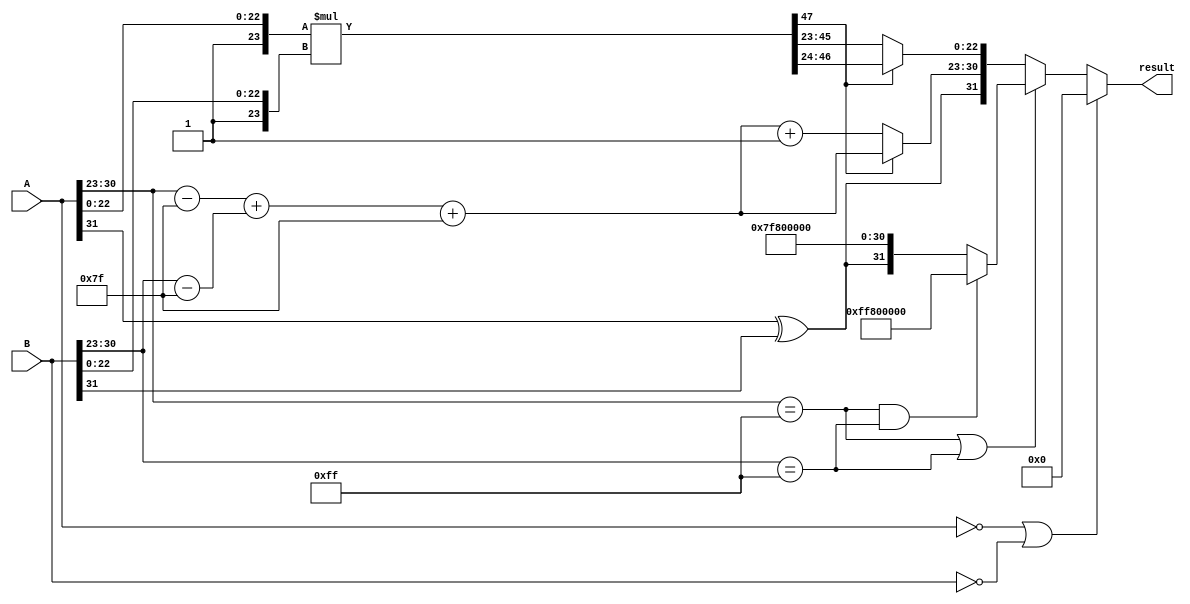
module radix2_fp_multiplier (
    input [31:0] A, // First floating-point number
    input [31:0] B, // Second floating-point number
    output reg [31:0] result // Resulting floating-point number
);

    // Constants
    localparam BIAS = 8'd127;
    localparam EXPONENT_WIDTH = 8;
    localparam MANTISSA_WIDTH = 23;
    localparam MANTISSA_SIZE = MANTISSA_WIDTH + 1; // Including implicit leading bit

    // Internal signals
    wire sign_A, sign_B;
    wire [EXPONENT_WIDTH-1:0] exp_A, exp_B;
    wire [MANTISSA_SIZE-1:0] mant_A, mant_B;
    wire sign_result;
    wire [EXPONENT_WIDTH-1:0] exp_result;
    wire [MANTISSA_SIZE*2-1:0] mant_result; // Product of mantissas
    reg [MANTISSA_SIZE*2-1:0] mant_result_normalized;
    reg [EXPONENT_WIDTH-1:0] exp_result_adjusted;
    reg [MANTISSA_WIDTH-1:0] mant_result_final;

    // Extract sign, exponent, and mantissa
    assign sign_A = A[31];
    assign exp_A = A[30:23] - BIAS; // Unbiased exponent
    assign mant_A = {1'b1, A[22:0]}; // Implicit leading 1

    assign sign_B = B[31];
    assign exp_B = B[30:23] - BIAS; // Unbiased exponent
    assign mant_B = {1'b1, B[22:0]}; // Implicit leading 1

    // Calculate sign of the result
    assign sign_result = sign_A ^ sign_B;

    // Calculate mantissa product
    assign mant_result = mant_A * mant_B;

    // Calculate exponent of the result
    assign exp_result = exp_A + exp_B + BIAS; // Add bias back

    // Normalization
    always @(*) begin
        if (mant_result[MANTISSA_SIZE*2-1] == 1) begin
            // Normal case: mantissa is in range [1.0, 2.0)
            mant_result_normalized = mant_result[MANTISSA_SIZE*2-1:MANTISSA_SIZE]; // Keep the top 24 bits
            exp_result_adjusted = exp_result; // No adjustment needed
        end else begin
            // Need to normalize: right shift
            mant_result_normalized = mant_result[MANTISSA_SIZE*2-2:MANTISSA_SIZE-1]; // Shift right
            exp_result_adjusted = exp_result + 1; // Increment exponent
        end
    end

    // Handle special cases
    always @(*) begin
        if (A == 32'b0 || B == 32'b0) begin
            // If either input is zero
            result = 32'b0;
        end else if (A[30:23] == 8'hFF || B[30:23] == 8'hFF) begin
            // If either input is infinity
            if (A[30:23] == 8'hFF && B[30:23] == 8'hFF) begin
                // Both are infinity -> NaN
                result = {1'b1, 8'hFF, 23'b0}; // NaN representation
            end else begin
                // One is infinity -> result is infinity
                result = {sign_result, 8'hFF, 23'b0};
            end
        end else begin
            // Normal case: construct the result
            mant_result_final = mant_result_normalized[MANTISSA_WIDTH-1:0]; // Take the top 23 bits
            result = {sign_result, exp_result_adjusted, mant_result_final};
        end
    end

endmodule